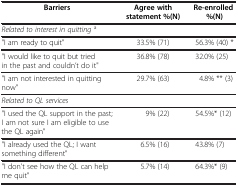
<table><thead><tr><td><b>Barriers</b></td><td><b>Agree with statement %(N)</b></td><td><b>Re-enrolled %(N)</b></td></tr></thead><tbody><tr><td><i>Related to interest in quitting</i><sup>a</sup></td><td> </td><td> </td></tr><tr><td>&quot;I am ready to quit&quot;</td><td>33.5% (71)</td><td>56.3% (40) *</td></tr><tr><td>&quot;I would like to quit but tried in the past and couldn’t do it&quot;</td><td>36.8% (78)</td><td>32.0% (25)</td></tr><tr><td>&quot;I am not interested in quitting now&quot;</td><td>29.7% (63)</td><td>4.8% ** (3)</td></tr><tr><td><i>Related to QL services</i></td><td> </td><td> </td></tr><tr><td>&quot;I used the QL support in the past; I am not sure I am eligible to use the QL again&quot;</td><td>9% (22)</td><td>54.5%* (12)</td></tr><tr><td>&quot;I already used the QL; I want something different&quot;</td><td>6.5% (16)</td><td>43.8% (7)</td></tr><tr><td>&quot;I don&#x27;t see how the QL can help me quit&quot;</td><td>5.7% (14)</td><td>64.3%* (9)</td></tr></tbody></table>